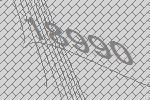
18990